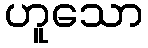
ဟူသော